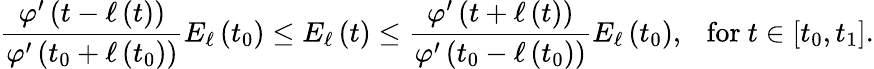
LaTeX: \frac{\varphi^{\prime}\left(t-\ell\left(t\right)\right)}{\varphi^{\prime}\left(t_{0}+\ell\left(t_{0}\right)\right)}E_{\ell}\left(t_{0}\right)\leq E_{\ell}\left(t\right)\leq\frac{\varphi^{\prime}\left(t+\ell\left(t\right)\right)}{\varphi^{\prime}\left(t_{0}-\ell\left(t_{0}\right)\right)}E_{\ell}\left(t_{0}\right),\mathrm{~\ \ for~}t\in\lbrack t_{0},t_{1}].